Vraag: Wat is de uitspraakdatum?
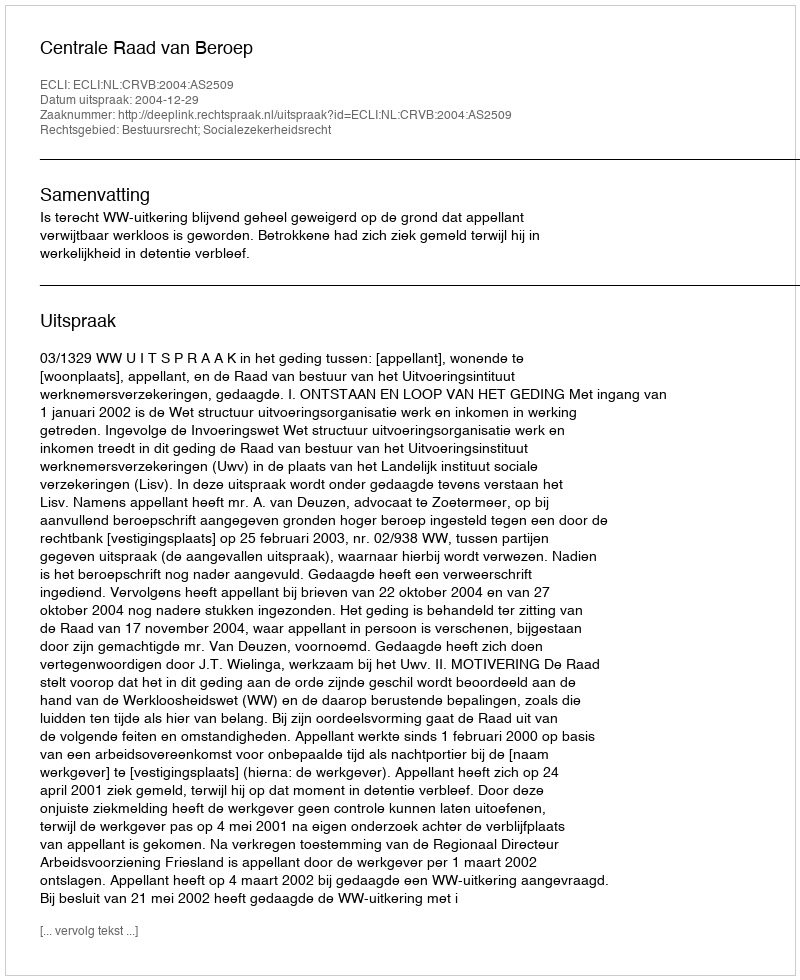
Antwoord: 2004-12-29